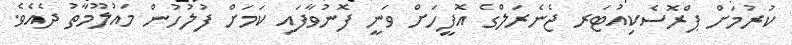
ކުރުމަށް ޕްރޮސެކިއުޓަރ ޖެނެރަލްގެ އޮފީހަށް ވަނީ ފޮނުވާފައި ކަމަށް ފުލުހުން މައުލޫމާތު ދެއެވެ.